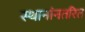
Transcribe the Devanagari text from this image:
स्थानांनतरित